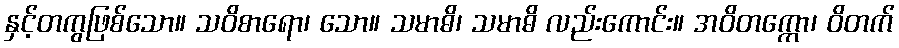
နှင့်တကွဖြစ်သော။ သဝိစာရော၊ သော။ သမာဓိ၊ သမာဓိ လည်းကောင်း။ အဝိတက္ကော၊ ဝိတက်